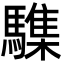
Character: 䮶